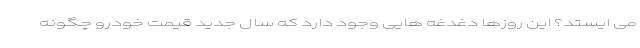
می ایستد؟ این روزها دغدغه هایی وجود دارد که سال جدید قیمت خودرو چگونه